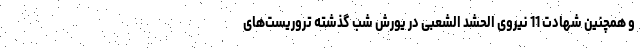
و همچنین شهادت 11 نیروی الحشد الشعبی در یورش شب گذشته تروریست‌های